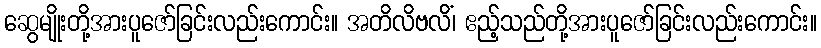
ဆွေမျိုးတို့အားပူဇော်ခြင်းလည်းကောင်း။ အတိလိဗလိံ၊ ဧည့်သည်တို့အားပူဇော်ခြင်းလည်းကောင်း။